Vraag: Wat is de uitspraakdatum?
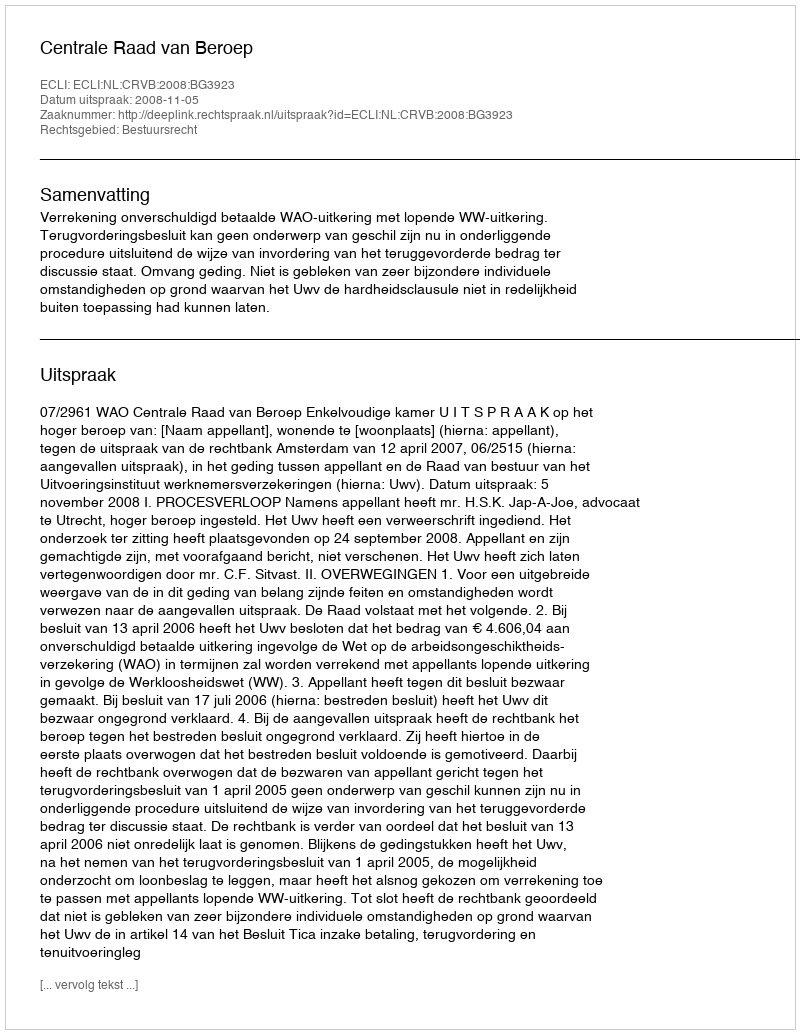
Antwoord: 2008-11-05